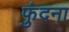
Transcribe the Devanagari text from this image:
फुंदना